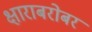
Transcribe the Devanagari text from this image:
क्षाराबरोबर